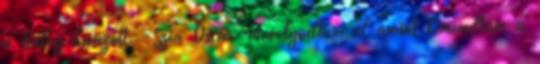
a hideg kirázott. -Szia Oscar.-mosolyodtam el amint kimondtam a